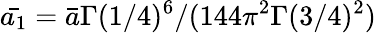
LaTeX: \bar{a_{1}}=\bar{a}\Gamma(1/4)^{6}/(144\pi^{2}\Gamma(3/4)^{2})